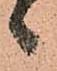
候